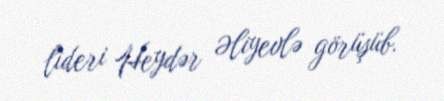
lideri Heydər Əliyevlə görüşüb.